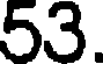
53.